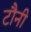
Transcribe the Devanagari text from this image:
टौनी